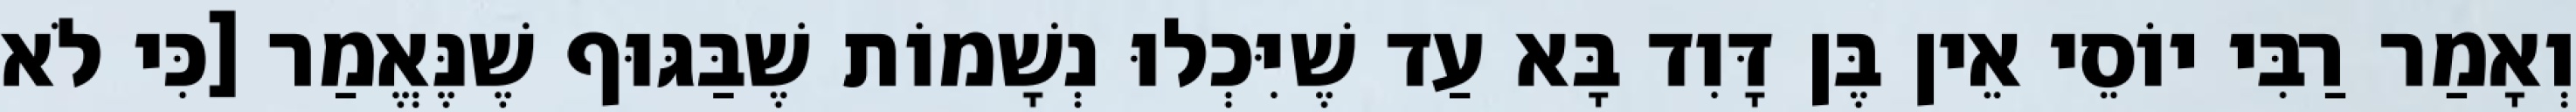
וְאָמַר רַבִּי יוֹסֵי אֵין בֶּן דָּוִד בָּא עַד שֶׁיִּכְלוּ נְשָׁמוֹת שֶׁבַּגּוּף שֶׁנֶּאֱמַר [כִּי לֹא